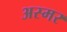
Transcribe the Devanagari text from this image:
अस्मर